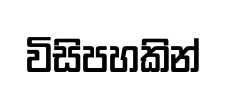
විසිපහකින්